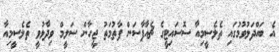
އެ ބައްދަލުވުމުގައި ތެލެސީމިއާ ސޮސައިޓީގެ ޗެއާޕާސަން ފާތުމަތު ޖީހާން ސަލީމް ވިދާޅުވީ ތެލެސީމިއާ